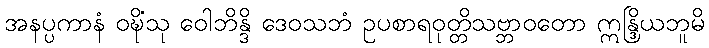
အနပ္ပကာနံ ဝဍ္ဎိံသု ဝေါဘိန္ဒိ ဒေဝသဘံ ဥပစာရဝုတ္တိသဗ္ဘာဝတော ဣန္ဒြိယဘူမိ